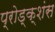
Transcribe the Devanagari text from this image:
प्रोड्क्शंस